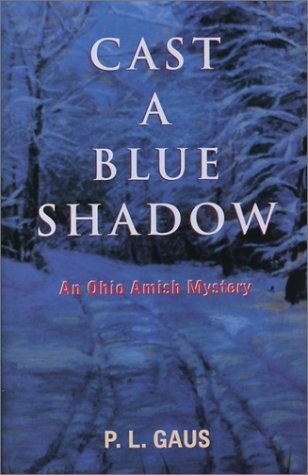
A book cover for Cast a Blue Shadow (Ohio Amish Mystery Series #4); P. L. Gaus; Christian Books & Bibles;